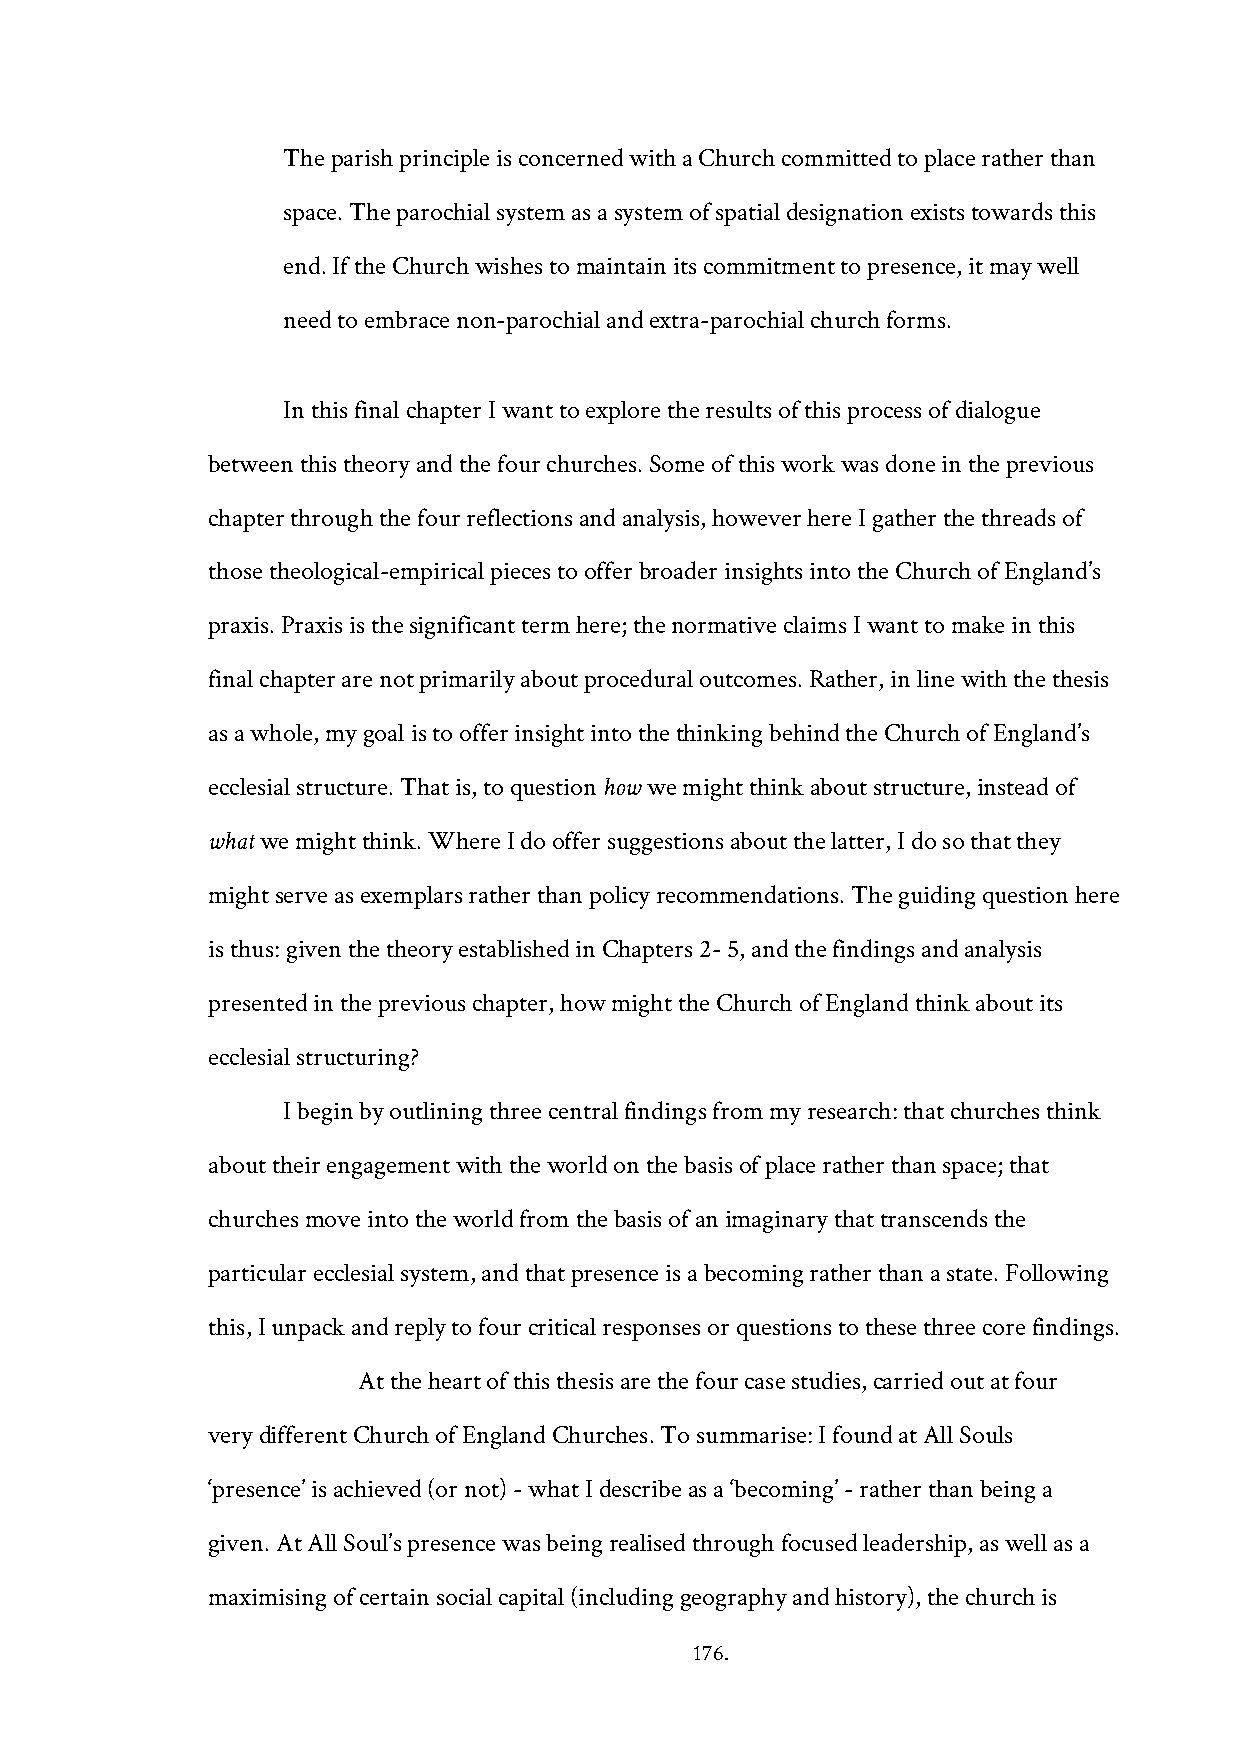
The parish principle is concerned with a Church committed to place rather than
 space. The parochial system as a system of spatial designation exists towards this
 end. If the Church wishes to maintain its commitment to presence, it may well
 need to embrace non-parochial and extra-parochial church forms.
 In this final chapter I want to explore the results of this process of dialogue
 between this theory and the four churches. Some of this work was done in the previous
 chapter through the four reflections and analysis, however here I gather the threads of
 those theological-empirical pieces to offer broader insights into the Church of England’s
 praxis. Praxis is the significant term here; the normative claims I want to make in this
 final chapter are not primarily about procedural outcomes. Rather, in line with the thesis
 as a whole, my goal is to offer insight into the thinking behind the Church of England’s
 ecclesial structure. That is, to question how we might think about structure, instead of
 what we might think. Where I do offer suggestions about the latter, I do so that they
 might serve as exemplars rather than policy recommendations. The guiding question here
 is thus: given the theory established in Chapters 2- 5, and the findings and analysis
 presented in the previous chapter, how might the Church of England think about its
 ecclesial structuring?
 I begin by outlining three central findings from my research: that churches think
 about their engagement with the world on the basis of place rather than space; that
 churches move into the world from the basis of an imaginary that transcends the
 particular ecclesial system, and that presence is a becoming rather than a state. Following
 this, I unpack and reply to four critical responses or questions to these three core findings.
 At the heart of this thesis are the four case studies, carried out at four
 very different Church of England Churches. To summarise: I found at All Souls
 ‘presence’ is achieved (or not) - what I describe as a ‘becoming’ - rather than being a
 given. At All Soul’s presence was being realised through focused leadership, as well as a
 maximising of certain social capital (including geography and history), the church is
 176.